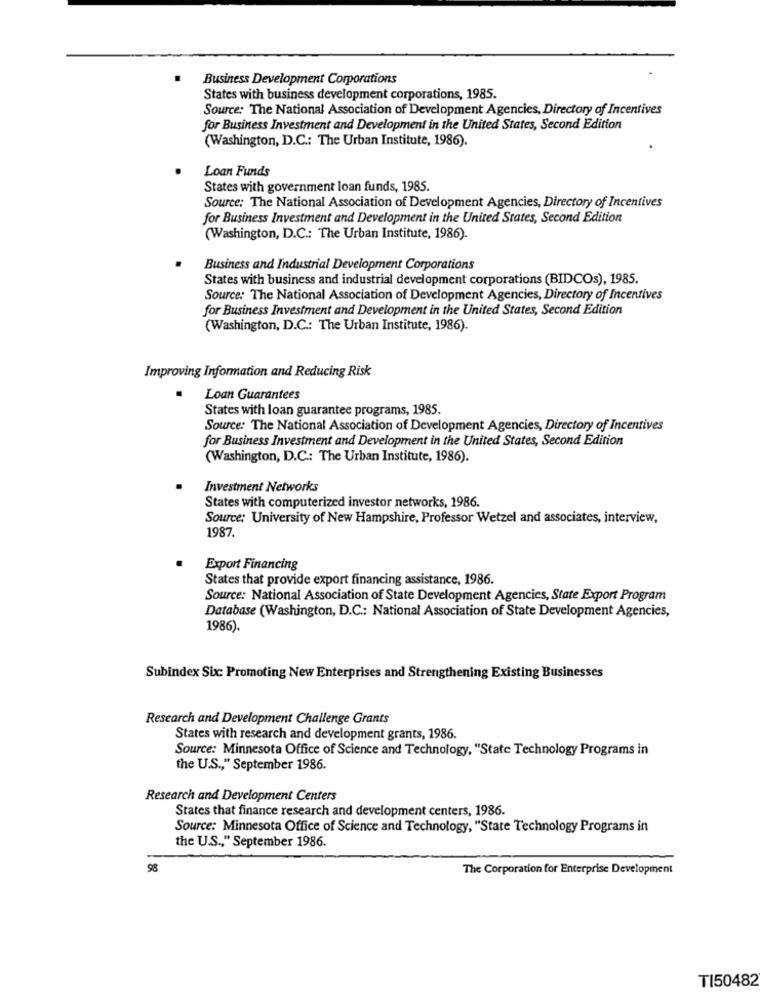
Business Development Corporations
States with business development corporations, 1985.
Source: The National Association of Development Agencies, Directory of Incentives
for Business Investment and Development in the United States, Second Edition
(Washington, D.C .: The Urban Institute, 1986).
Loan Funds
States with government loan funds, 1985.
Source: The National Association of Development Agencies, Directory of Incentives
for Business Investment and Development in the United States, Second Edition
(Washington, D.C .: The Urban Institute, 1986).
Business and Industrial Development Corporations
States with business and industrial development corporations (BIDCOs), 1985.
Source: The National Association of Development Agencies, Directory of Incentives
for Business Investment and Development in the United States, Second Edition
(Washington, D.C .: The Urban Institute, 1986).
Improving Information and Reducing Risk
Loan Guarantees
States with loan guarantee programs, 1985.
Source: The National Association of Development Agencies, Directory of Incentives
for Business Investment and Development in the United States, Second Edition
(Washington, D.C .: The Urban Institute, 1986).
Investment Networks
States with computerized investor networks, 1986.
Source: University of New Hampshire, Professor Wetzel and associates, interview,
1987.
Export Financing
States that provide export financing assistance, 1986.
Source: National Association of State Development Agencies, State Export Program
Database (Washington, D.C .: National Association of State Development Agencies,
1986).
Subindex Sbc Promoting New Enterprises and Strengthening Existing Businesses
Research and Development Challenge Grants
States with research and development grants, 1986.
Source: Minnesota Office of Science and Technology, "State Technology Programs in
the U.S ., " September 1986.
Research and Development Centers
States that finance research and development centers, 1986.
Source: Minnesota Office of Science and Technology, "State Technology Programs in
the U.S ., " September 1986.
98
The Corporation for Enterprise Development
TI50482